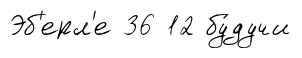
Эб'ерл'е 36 12 бу́дучи